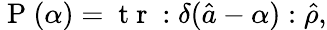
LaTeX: \mathrm{~P~}(\alpha)=\mathrm{~t~r~}:\delta(\hat{a}-\alpha):\hat{\rho},